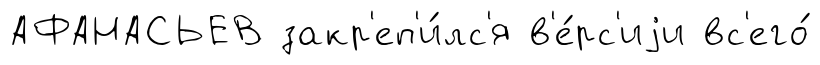
АФАНАСЬЕВ закр'еп'и́лс'я в'е́рс'иjи вс'его́